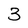
Character: 3